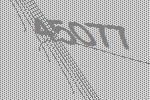
45077